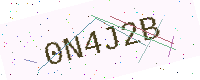
Text: 0N4J2B